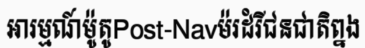
អារម្មណ៍ម៉ូតូPost-Navម៉រដំរីជនជាតិព្នង